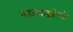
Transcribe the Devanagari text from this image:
महाव्याहृतियों